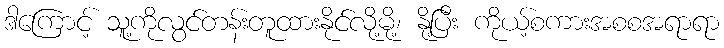
ဒါကြောင့် သူ့ကိုလွင်တန်းတူထားနိုင်လို့မို့၊ နို့ပြီး ကိုယ့်စကားအစစအရာရာ